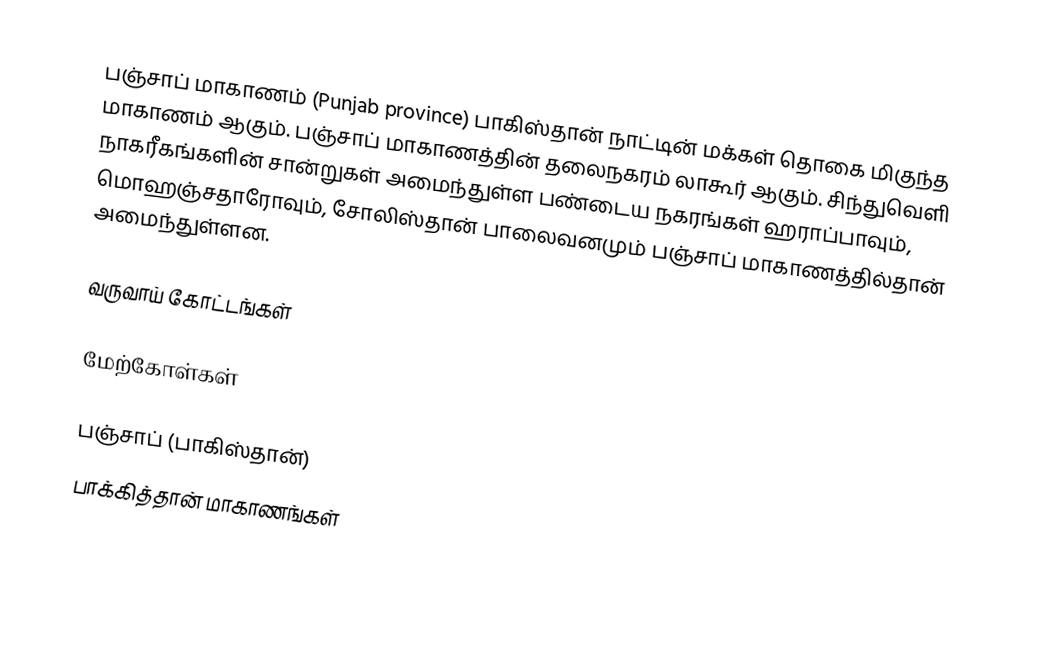
பஞ்சாப் மாகாணம் (Punjab province) பாகிஸ்தான் நாட்டின் மக்கள் தொகை மிகுந்த மாகாணம் ஆகும். பஞ்சாப் மாகாணத்தின் தலைநகரம் லாகூர் ஆகும். சிந்துவெளி நாகரீகங்களின் சான்றுகள் அமைந்துள்ள பண்டைய நகரங்கள் ஹராப்பாவும், மொஹஞ்சதாரோவும், சோலிஸ்தான் பாலைவனமும் பஞ்சாப் மாகாணத்தில்தான் அமைந்துள்ளன.

வருவாய் கோட்டங்கள்

மேற்கோள்கள்

பஞ்சாப் (பாகிஸ்தான்)
பாக்கித்தான் மாகாணங்கள்